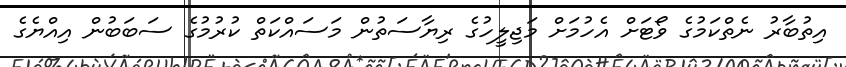
އިތުބާރު ނެތްކަމުގެ ވޯޓަށް އެހުމަށް މަޖިލީހުގެ ރިޔާސަތުން މަސައްކަތް ކުރުމުގެ ސަބަބުން އިއްޔެގެ